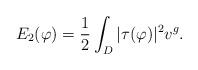
LaTeX: \begin{align*} E_2(\varphi)=\frac{1}{2}\int_D|\tau(\varphi)|^2 v^g.\end{align*}